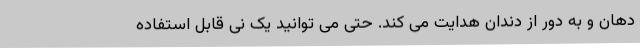
دهان و به دور از دندان هدایت می کند. حتی می توانید یک نی قابل استفاده